Report of the Municipal Commissioner on the plague in Bombay for the year ending 31st May... - Volume 1
Disease focus: Plague
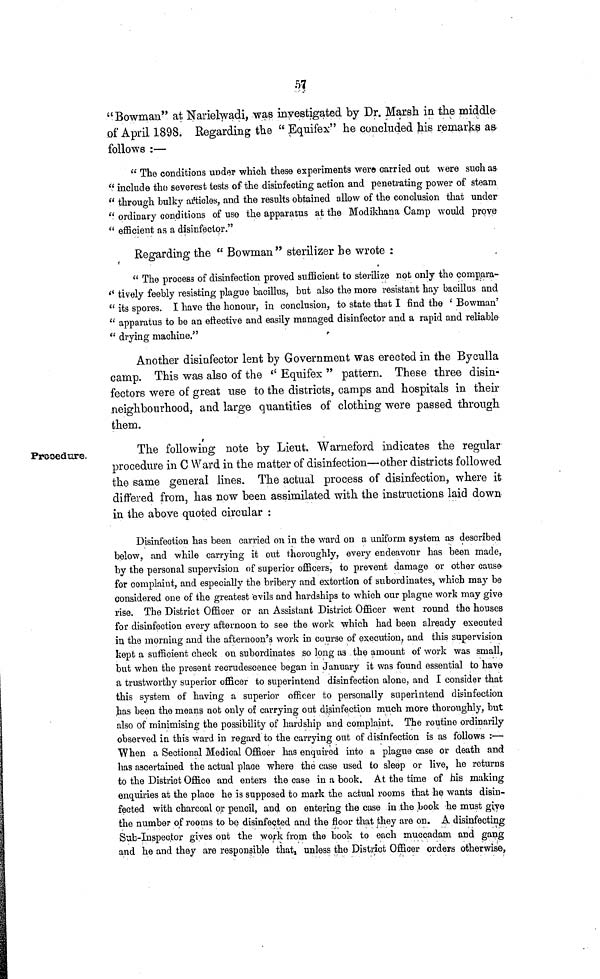
57
Procedure.
" Bowman" at. Narielwadi, was investigated by Dr. Marsh in the middle
of April 1898. Regarding the " Equifex" he concluded his remarks as
follows :—
" The conditions under which these experiments were carried out were such as-
" include the severest tests of the disinfecting action and penetrating power of steam
" through bulky articles, and the results obtained allow of the conclusion that under
" ordinary conditions of use the apparatus at the Modikhana Gamp would prove
" efficient as a disinfector."
Regarding the " Bowman" sterilizer he wrote :
" The process of disinfection proved sufficient to sterilize not only the compara-
" tively feebly resisting plague bacillus, but also the more resistant hay bacillus and
" its spores. I have the honour, in conclusion, to state that I find the ' Bowman'
" apparatus to be an eftective and easily managed disinfector and a rapid and reliable
" drying machine."
Another disinfector lent by Government was erected in the Byculla
camp. This was also of the " Equifex " pattern. These three disin-
fectors were of great use to the districts, camps and hospitals in their
neighbourhood, and large quantities of clothing were passed through
them.
The following note by Lieut, Warneford indicates the regular
procedure in C Ward in the matter of disinfection—other districts followed
the same general lines. The actual process of disinfection, where it
differed from, has now been assimilated with the instructions laid down
in the above quoted circular :
Disinfection has been carried on in the ward on a uniform system as described
below, and while carrying it out thoroughly, every endeavour has been made,
by the personal supervision of superior officers, to prevent damage or other cause
for complaint, and especially the bribery and extortion of subordinates, which may be
considered one of the greatest evils and hardships to which our plague work may give
rise. The District Officer or an Assistant District Officer went round the houses
for disinfection every afternoon to see the work which had been already executed
in the morning and the afternoon's work in course of execution, and this supervision
kept a sufficient check on subordinates so long as the amount of work was small,
but when the present recrudescence began in January it was found essential to have
a trustworthy superior officer to superintend disinfection alone, and I consider that
this system of having a superior officer to personally superintend disinfection
has been the means not only of carrying out disinfection much more thoroughly, but
also of minimising the possibility of hardship and complaint. The routine ordinarily
observed in this ward in regard to the carrying out of disinfection is as follows :—
When a Sectional Medical Officer has enquired into a plague case or death and
has ascertained the actual place where the case used to sleep or live, he returns
to the District Office and enters the case in a book. At the time of his making
enquiries at the place he is supposed to mark the actual rooms that he wants disin-
fected with charcoal or pencil, and on entering the case in the book he must give
the number of rooms to be disinfected and the floor that they are on. A disinfecting
Sub-Inspector gives out the work from the book to each rnuccadam and gang
and he and they are responsible that unless the District Officer orders otherwise,